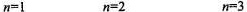
$$n=l$$ $$n=2$$ $$n=3$$